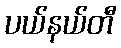
ပယ်နယ်တီ